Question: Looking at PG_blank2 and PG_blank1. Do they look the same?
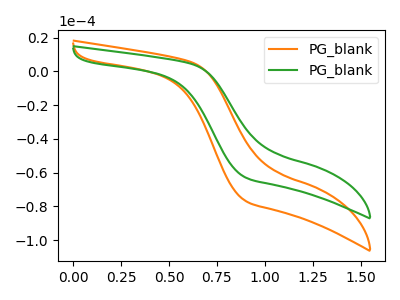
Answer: <think>The orange curve "PG_blank1" has no peaks. The green curve "PG_blank2" has no peaks.
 Neither "PG_blank2" or "PG_blank1" have any peaks.</think>
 <answer>"PG_blank2" and "PG_blank1" are similar in shape.</answer>
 <eval>same_shape</eval>